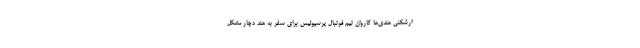
ارشکنی‌ هندی‌ها کاروان تیم فوتبال پرسپولیس برای سفر به هند دچار مشکل